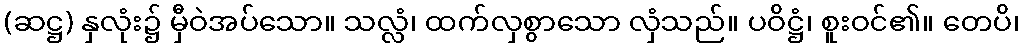
(ဆဋ္ဌ) နှလုံး၌ မှီဝဲအပ်သော။ သလ္လံ၊ ထက်လှစွာသော လှံသည်။ ပဝိဋ္ဌံ၊ စူးဝင်၏။ တေပိ၊